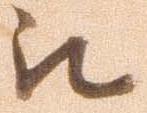
被